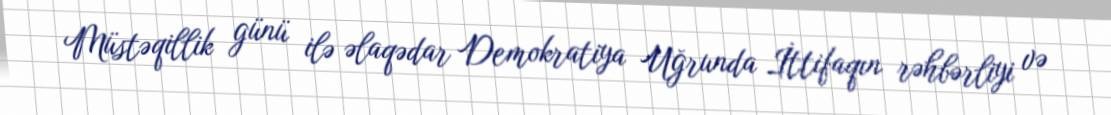
Müstəqillik günü ilə əlaqədar Demokratiya Uğrunda İttifaqın rəhbərliyi və